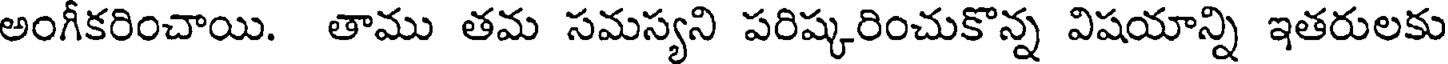
అంగీకరించాయి. తాము తమ సమస్యని పరిష్కరించుకొన్న విషయాన్ని ఇతరులకు